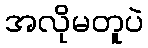
အလိုမတူပဲ